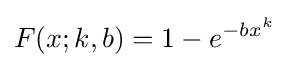
F(x;k,b)=1-e^{-bx^{k}}